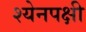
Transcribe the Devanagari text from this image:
श्येनपक्षी